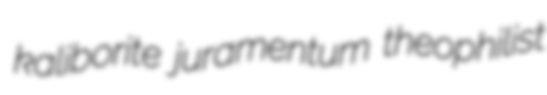
kaliborite juramentum theophilist